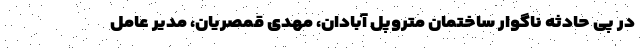
در پی حادثه ناگوار ساختمان متروپل آبادان، مهدی قمصریان، مدیر عامل